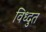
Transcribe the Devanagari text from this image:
विध्दुत